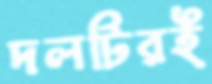
দলটিরই